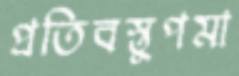
প্রতিবস্তুপমা